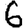
Digit: 6